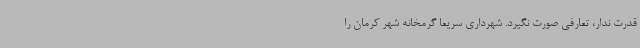
قدرت ندار، تعارفی صورت نگیرد. شهرداری سریعا گرمخانه شهر کرمان را